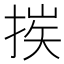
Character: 𢮶